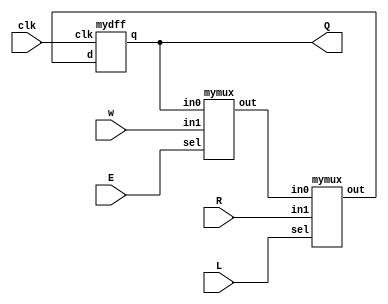
module top_module (
    input clk,
    input w, R, E, L,
    output Q
);

    wire m1, m2;
    
    mymux u_mymux_1(Q, w, E, m1);
    mymux u_mymux_2(m1, R, L, m2);
    mydff u_mydff_1(m2, clk, Q);

endmodule

module mydff (
    input d, clk,
    output reg q
);

    always @(posedge clk) begin
        q <= d;
    end

endmodule

module mymux (
    input in0, in1, sel,
    output out
);

    assign out = sel ? in1 : in0;

endmodule